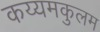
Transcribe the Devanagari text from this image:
कय्यमकुलम